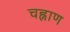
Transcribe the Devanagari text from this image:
चह्नाण